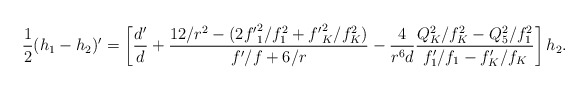
\begin{align*}{1 \over 2} (h_1-h_2)' =\left [ { d' \over d} + { {12 /r^2 - (2 {f'}_1^2 /f_1^2 + {f'}_K^2 / f_K^2 )} \over { f'/f + 6/r}}-{4 \over r^6 d} {{Q_K^2/f_K^2 - Q_5^2 / f_1^2 } \over {f'_1 / f_1 - f'_K /f_K}}\right ] h_2.\end{align*}